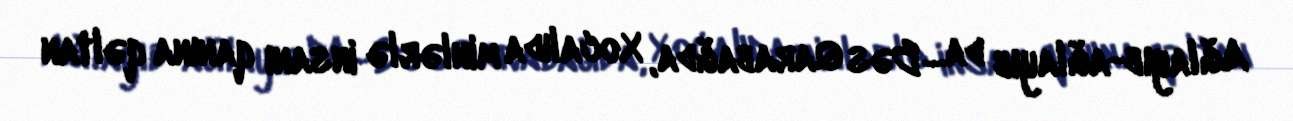
Ağlayıb-ağlayıb da... Bəs Qarabağda, Xocalıda minlərlə insanı qanına qəltan